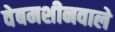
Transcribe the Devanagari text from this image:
वेबमशीनवाले